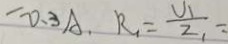
- 0 . 3 A . R _ { 1 } = \frac { U _ { 1 } } { 2 _ { 1 } }